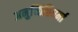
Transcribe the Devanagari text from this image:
अनुच्छित्तिधर्मा